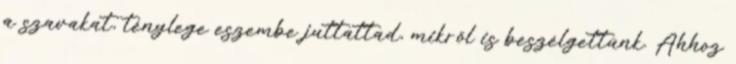
a szavakat, ténylege eszembe juttattad, mikről is beszélgettünk. Ahhoz